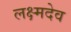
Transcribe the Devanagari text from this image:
लक्ष्मदेव